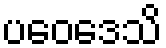
ပဝေဒေသိ